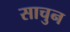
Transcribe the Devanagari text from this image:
साचुन